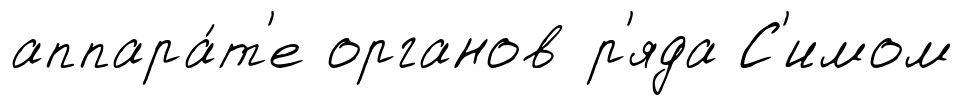
аппара́т'е органов р'яда С'имом